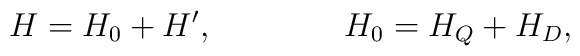
H = H_{0} + H',  \qquad\qquad H_0 = H_{Q} + H_{D},